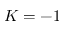
K = - 1